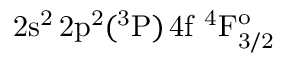
\mathrm { 2 s ^ { 2 } \, 2 p ^ { 2 } ( ^ { 3 } P ) \, 4 f ~ ^ { 4 } F _ { 3 / 2 } ^ { o } }